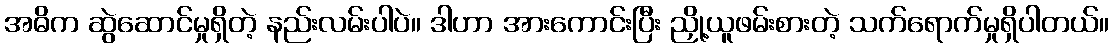
အဓိက ဆွဲဆောင်မှုရှိတဲ့ နည်းလမ်းပါပဲ။ ဒါဟာ အားကောင်းပြီး ညှို့ယူဖမ်းစားတဲ့ သက်ရောက်မှုရှိပါတယ်။